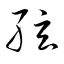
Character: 絃